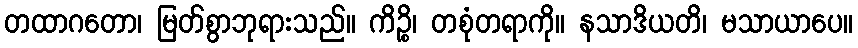
တထာဂတော၊ မြတ်စွာဘုရားသည်။ ကိဉ္စိ၊ တစုံတရာကို။ နသာဒိယတိ၊ မသာယာပေ။